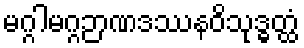
မဂ္ဂါမဂ္ဂဉာဏဒဿနဝိသုဒ္ဓတ္ထံ